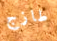
طازج